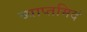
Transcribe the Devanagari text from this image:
व्याप्तमिदं